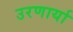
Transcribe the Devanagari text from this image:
उरणार्या